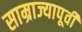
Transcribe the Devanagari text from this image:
साम्राज्यापूर्वी